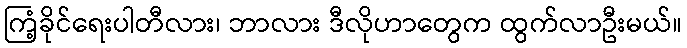
ကြံ့ခိုင်ရေးပါတီလား၊ ဘာလား ဒီလိုဟာတွေက ထွက်လာဦးမယ်။